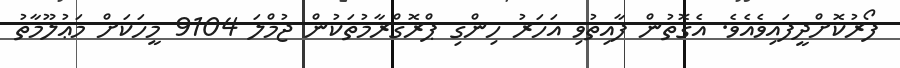
ފޯރުކޮށްދީފައިވެއެވެ. އެގޮތުން ފާއިތުވި އަހަރު ހިންގި ޕްރޮގްރާމުތަކުން ޖުމްލަ 9104 މީހަކަށް މަޢުލޫމާތު